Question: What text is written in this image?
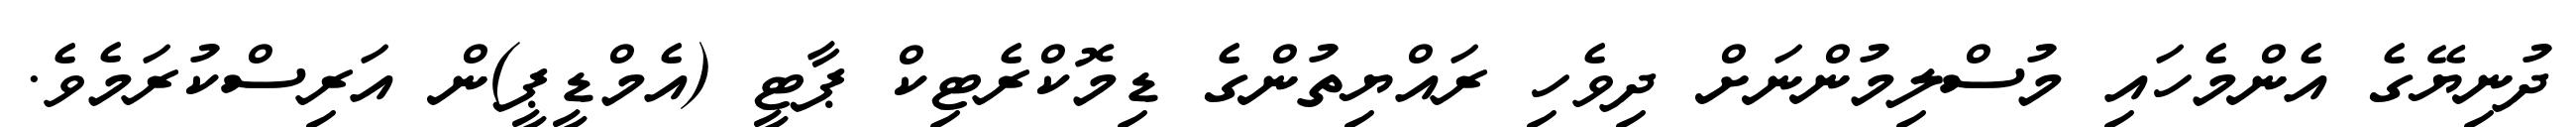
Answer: ދުނިޔޭގެ އެންމެހައި މުސްލިމުންނަށް ދިވެހި ރައްޔިތުންގެ ޑިމޮކްރެޓިކް ޕާޓީ (އެމްޑީޕީ)ން އަރިސްކުރަމެވެ.